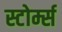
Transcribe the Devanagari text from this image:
स्टोर्म्स